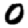
Digit: 0